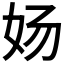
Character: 𰋸